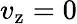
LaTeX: v_{\mathrm{z}}=0